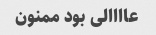
عاااالی بود ممنون